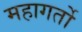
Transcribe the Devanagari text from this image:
महागर्तो